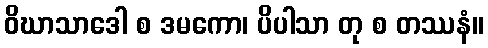
ဝိဃာသာဒေါ စ ဒမကော၊ ပိပါသာ တု စ တဿနံ။